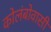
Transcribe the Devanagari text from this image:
कोलंबोवासी